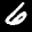
Label: 6